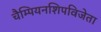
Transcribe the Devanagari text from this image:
चैम्पियनशिपविजेता